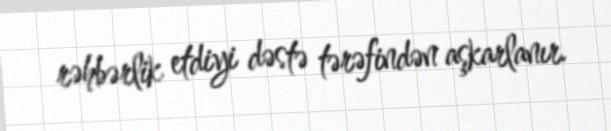
rəhbərlik etdiyi dəstə tərəfindən aşkarlanır.